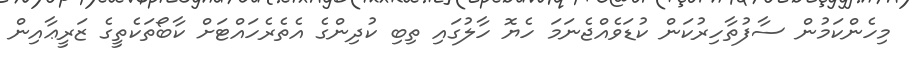
މިހެންކަމުން ސާފުތާހިރުކަން ކުޑަވެއްޖެނަމަ ހެޔޮ ހާލުގައި ތިބި ކުދިންގެ އެތެރެހައްޓަށް ކާބޯތަކެތީގެ ޒަރީޢާއިން